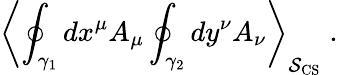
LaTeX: \left\langle\oint_{\gamma_{1}}dx^{\mu}A_{\mu}\oint_{\gamma_{2}}dy^{\nu}A_{\nu}\right\rangle_{\mathcal{S}_{\mathrm{CS}}}\; .